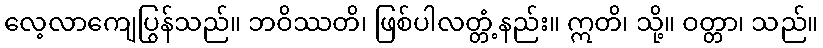
လေ့လာကျေပြွန်သည်။ ဘဝိဿတိ၊ ဖြစ်ပါလတ္တံ့နည်း။ ဣတိ၊ သို့။ ဝတ္တာ၊ သည်။